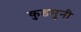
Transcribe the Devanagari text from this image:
कुडमुनी